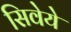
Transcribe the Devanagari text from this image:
सिवेये